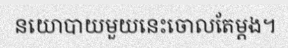
នយោបាយមួយនេះចោលតែម្តង។